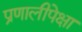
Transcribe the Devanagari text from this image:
प्रणालीपेक्षा